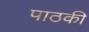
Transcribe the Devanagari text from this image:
पाठकी